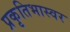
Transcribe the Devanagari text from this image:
प्रकृतिभास्वर